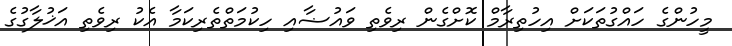
މީހުންގެ ހައްގުތަކަށް އިހުތިރާމް ކޮށްގެން ރިވެތި ވައުޟާއި ހިކުމަތްތެރިކަމާ އެކު ރިވެތި އަޚުލާގުގެ